38_143685_box7_Incident_Summaries_1-100
Agency: Department of War
Page 150
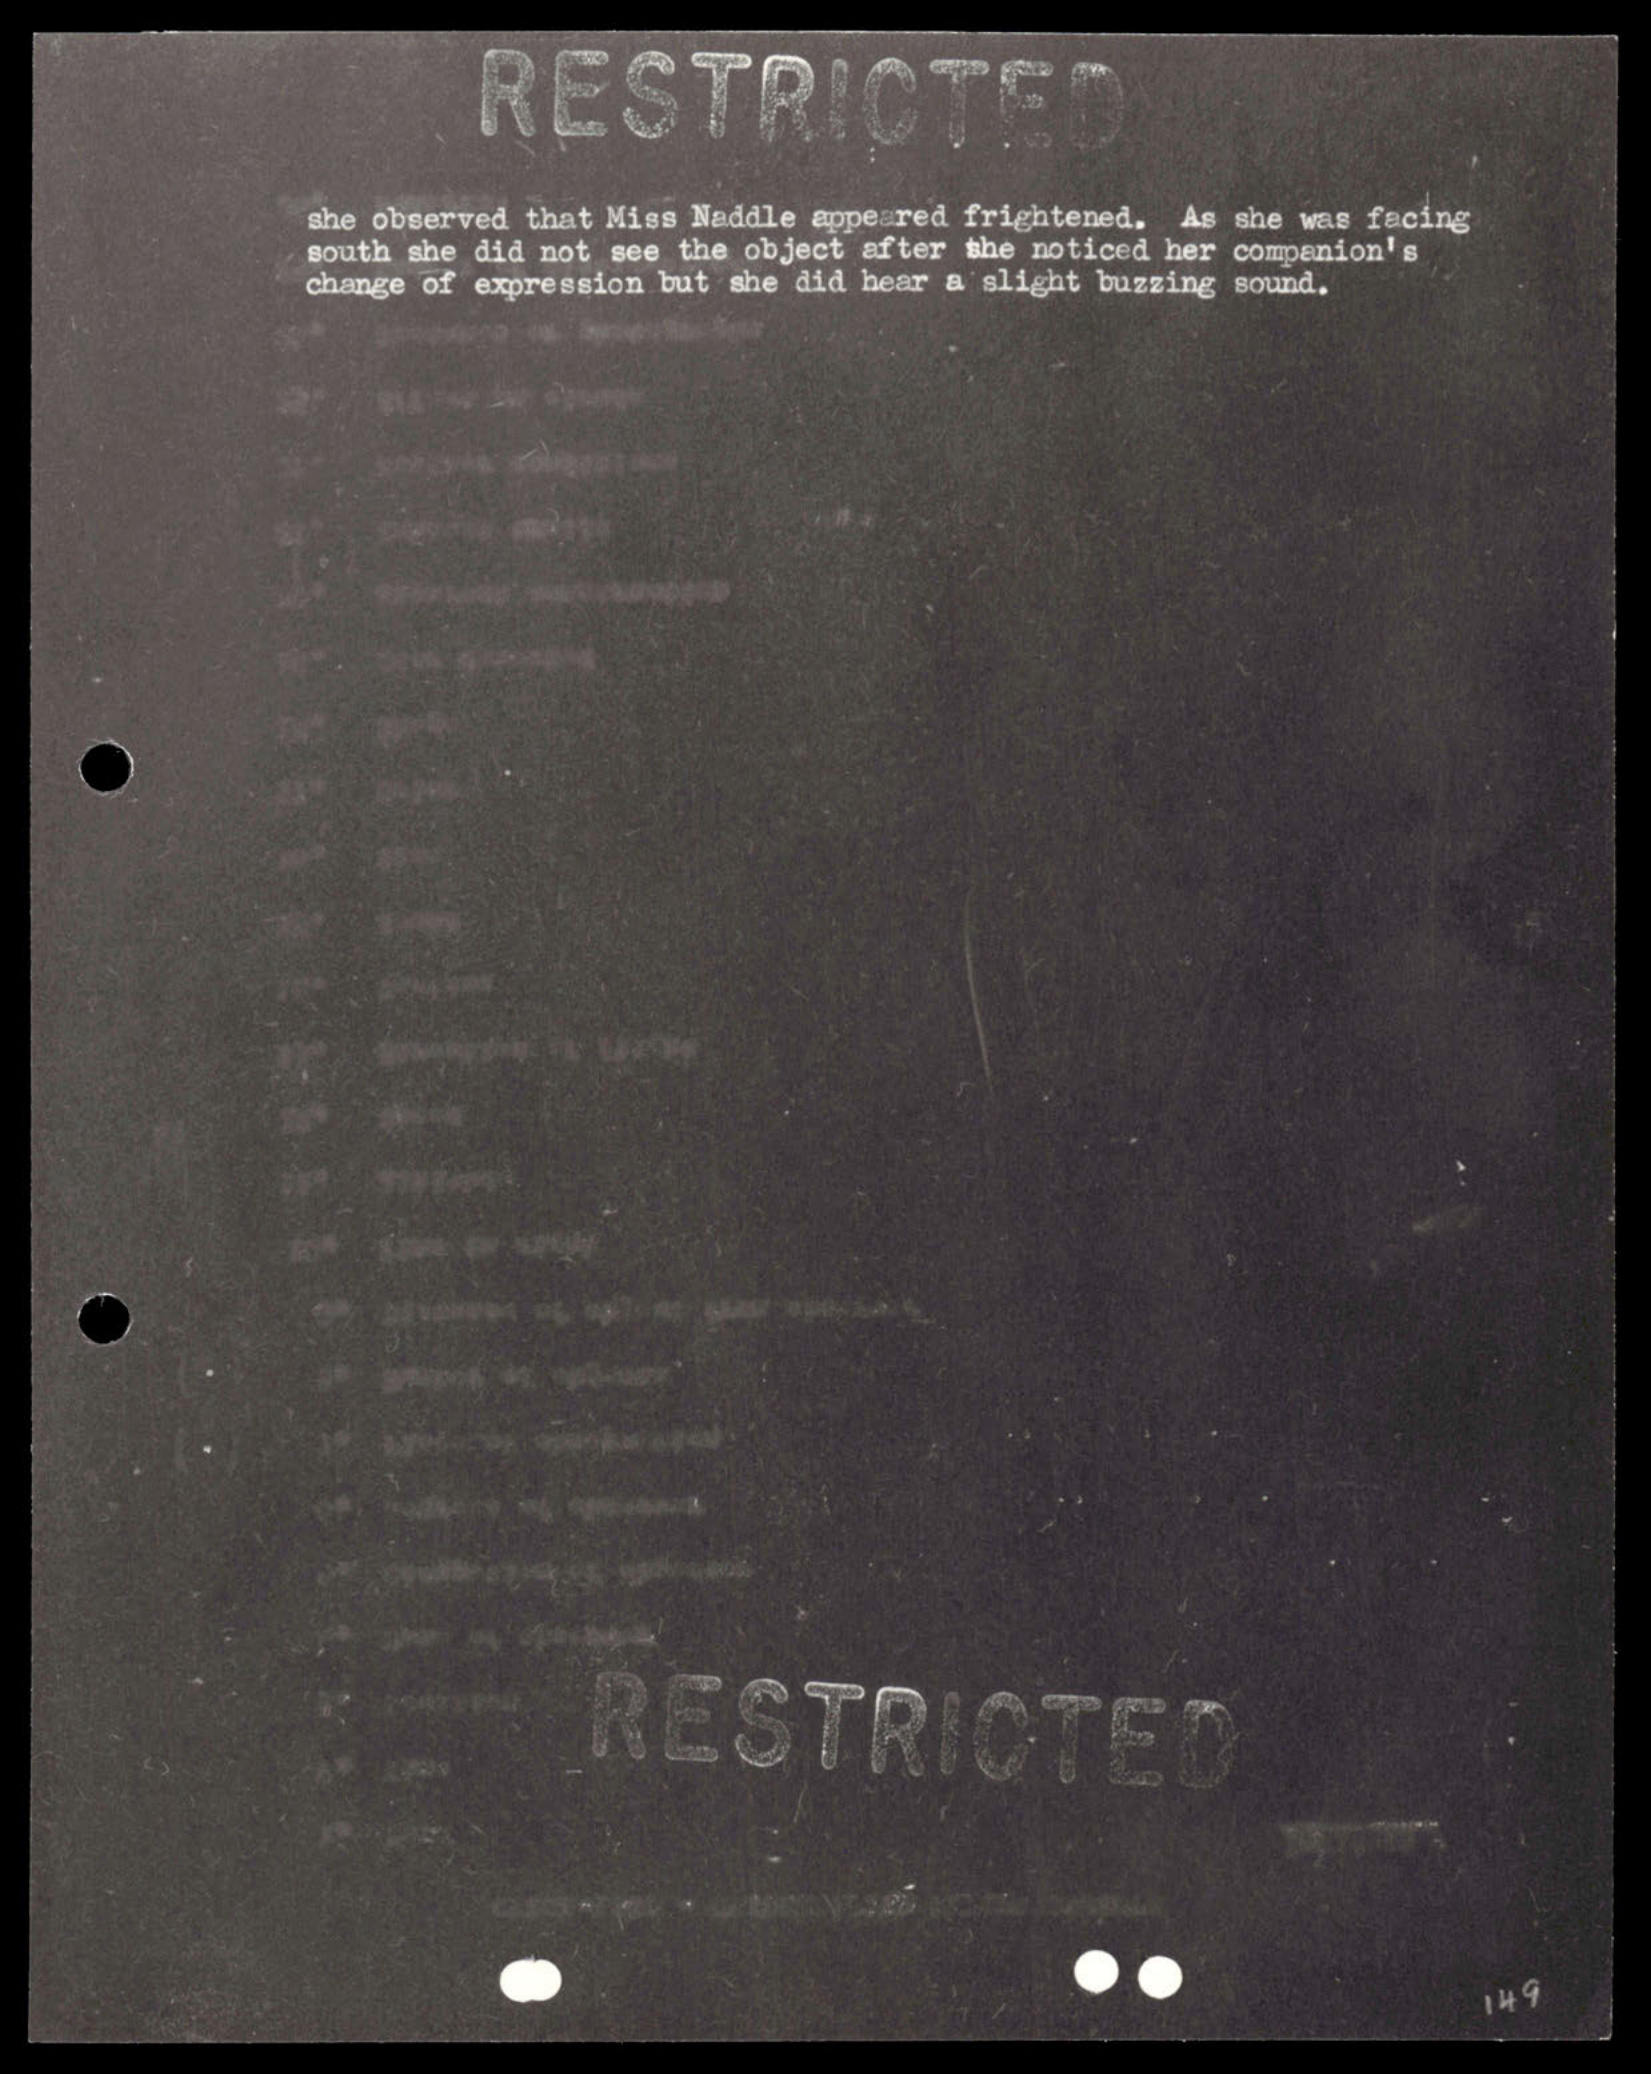